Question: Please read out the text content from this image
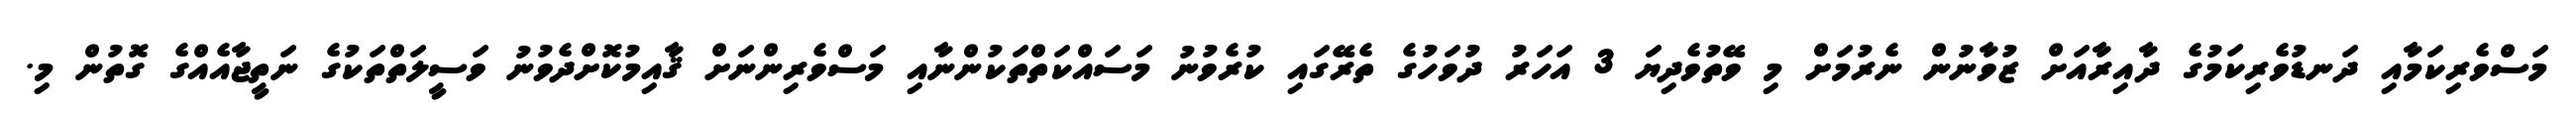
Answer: މަސްވެރިކަމާއި ދަނޑުވެރިކަމުގެ ދާއިރާއަށް ޒުވާނުން ނެރުމަށް މި ވޭތުވެދިޔަ 3 އަހަރު ދުވަހުގެ ތެރޭގައި ކުރެވުނު މަސައްކަތްތަކުންނާއި މަސްވެރިންނަށް ޤާއިމުކޮށްދެވުނު ވަސީލަތްތަކުގެ ނަތީޖާއެއްގެ ގޮތުން މި.